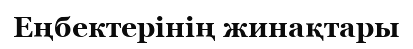
Еңбектерінің жинақтары